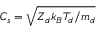
C _ { s } = \sqrt { Z _ { d } k _ { B } T _ { d } / m _ { d } }